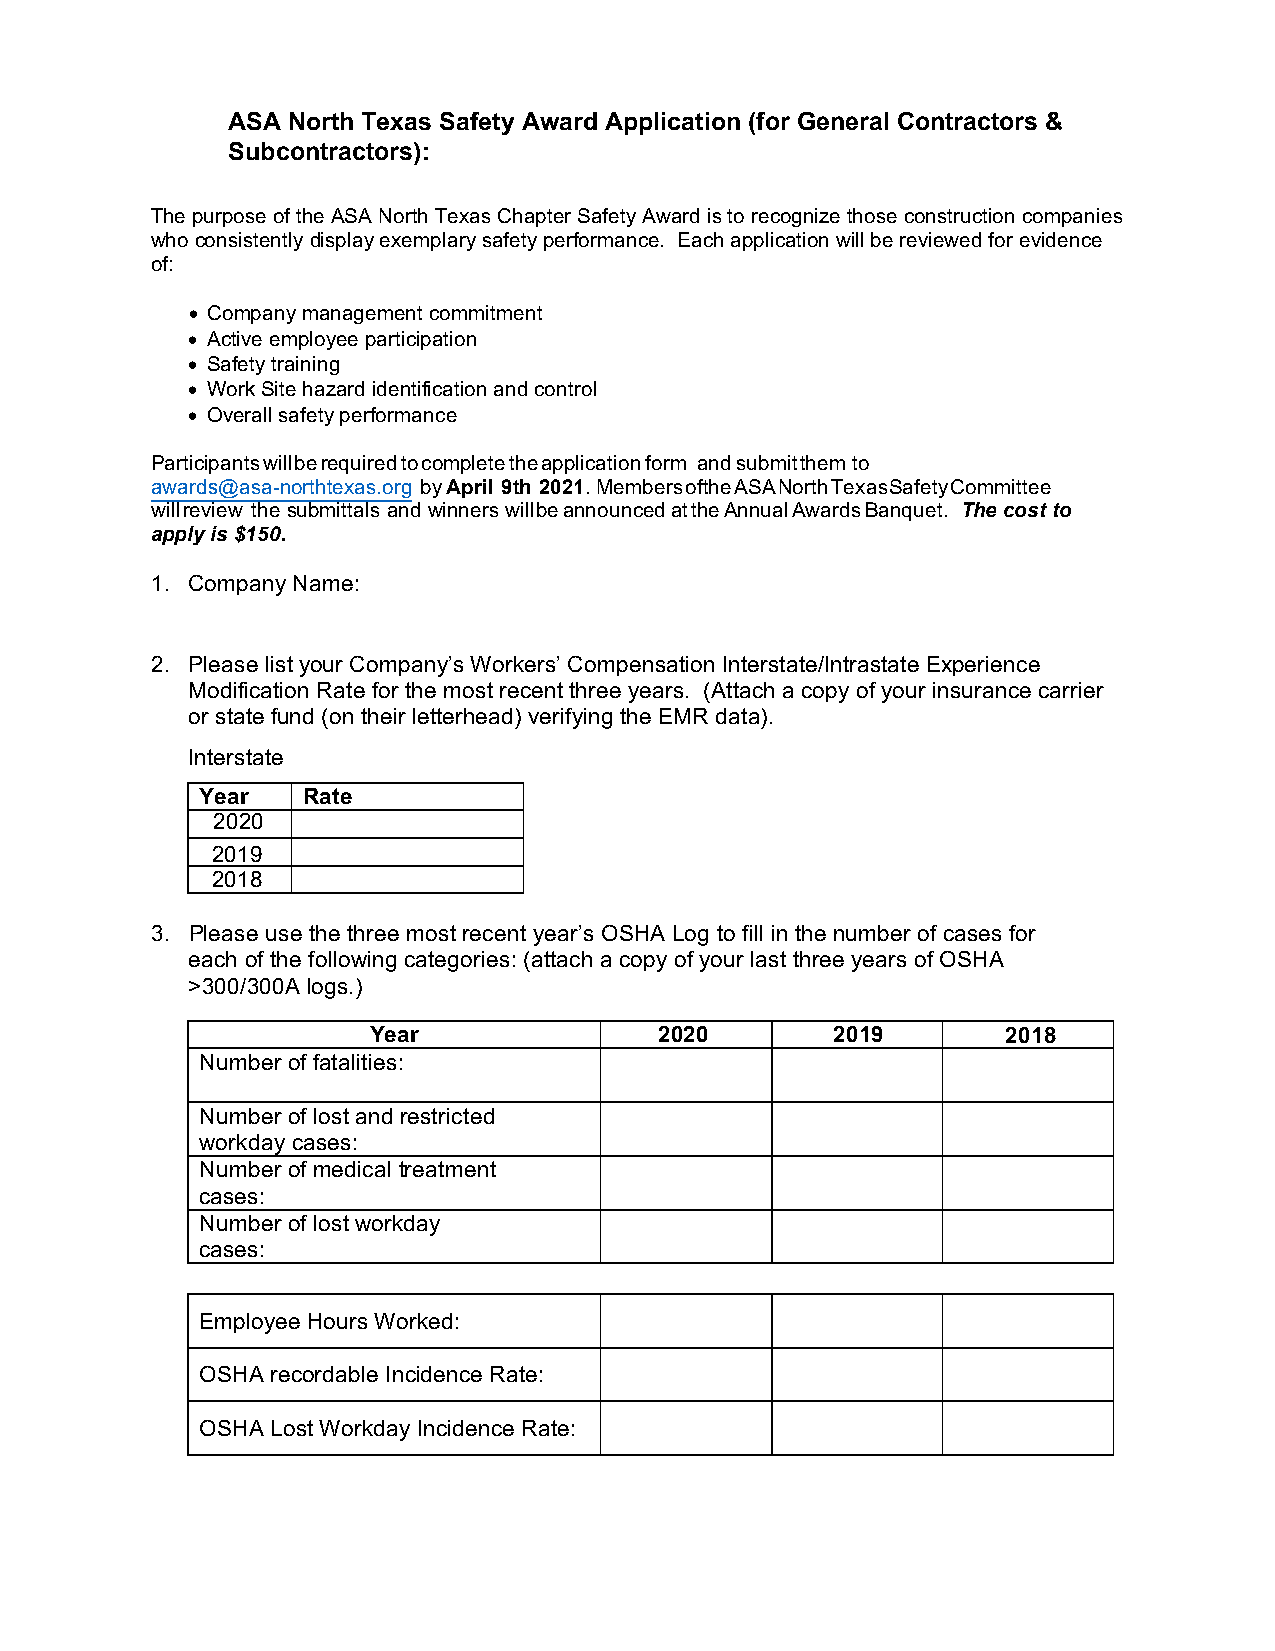
ASA North Texas Safety Award Application (for General Contractors &
 Subcontractors):
 The purpose of the ASA North Texas Chapter Safety Award is to recognize those construction companies
 who consistently display exemplary safety performance. Each application will be reviewed for evidence
 of:
 • Company management commitment
 • Active employee participation
 • Safety training
 • Work Site hazard identification and control
 • Overall safety performance
 Participants will be required to complete the application form and submit them to
 awards@asa-northtexas.org by April 9th 2021. Members of the ASA North Texas Safety Committee
 will review the submittals and winners will be announced at the Annual Awards Banquet. The cost to
 apply is $150.
 1. Company Name:
 2. Please list your Company’s Workers’ Compensation Interstate/Intrastate Experience
 Modification Rate for the most recent three years. (Attach a copy of your insurance carrier
 or state fund (on their letterhead) verifying the EMR data).
 Interstate
 Year   Rate
 2020
 2019
 2018
 3. Please use the three most recent year’s OSHA Log to fill in the number of cases for
 each of the following categories: (attach a copy of your last three years of OSHA
 >300/300A logs.)
 Year                2020       2019        2018
 Number of fatalities:
 Number of lost and restricted
 workday cases:
 Number of medical treatment
 cases:
 Number of lost workday
 cases:
 Employee Hours Worked:
 OSHA recordable Incidence Rate:
 OSHA Lost Workday Incidence Rate: